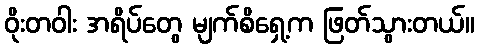
ဝိုးတဝါး အရိပ်တွေ မျက်စိရှေ့က ဖြတ်သွားတယ်။